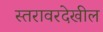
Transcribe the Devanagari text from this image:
स्तरावरदेखील